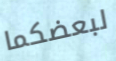
لبعضكما